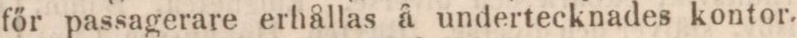
főr passagerare erhållas å undertecknades kontor.